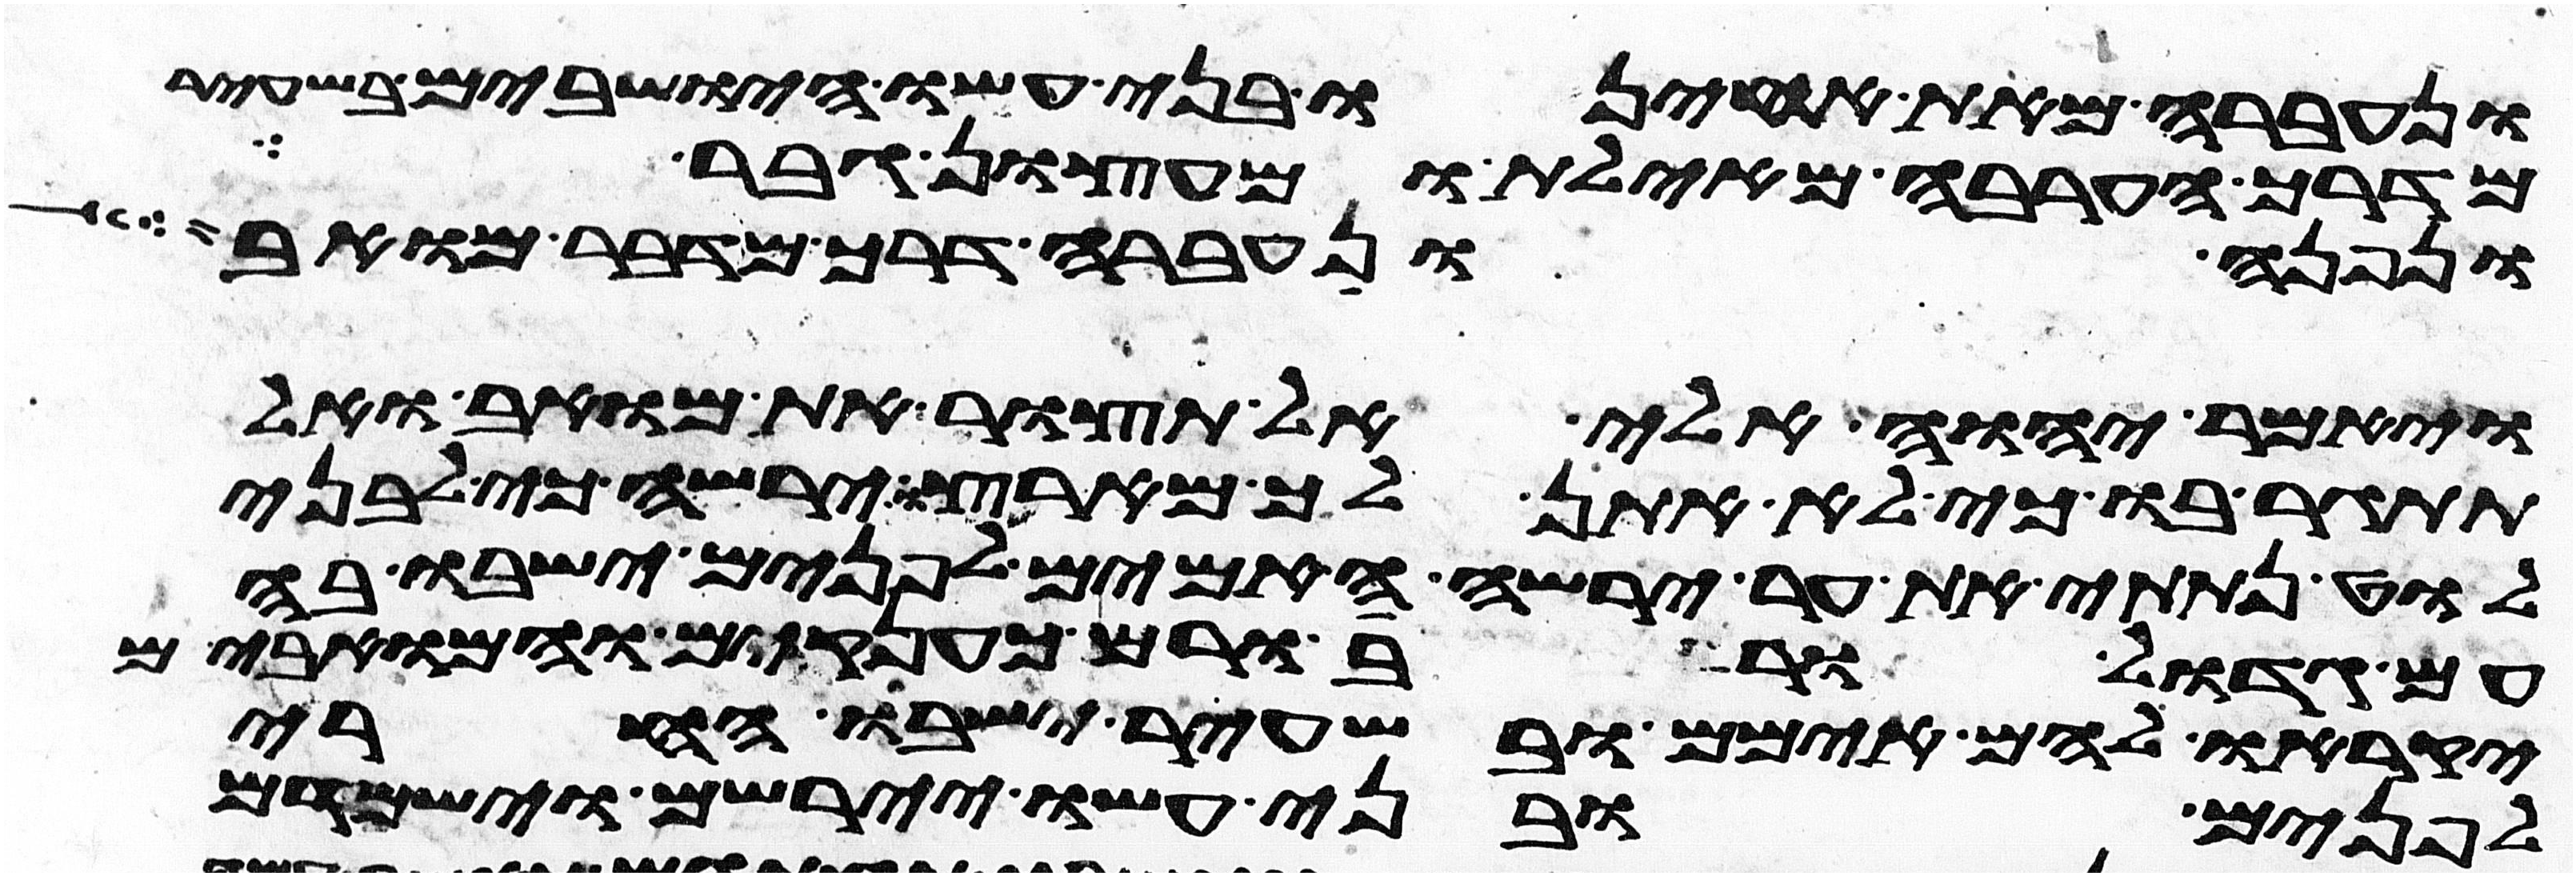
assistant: ונעברה מאת אחינו בני עשו הישבים בשעיר
מדרך הערבה מאילת ומעציון גבר
ונפנה ונעברה דרך מדבר מואב
ויאמר יהוה אלי אל תצור את מואב ואל
תתגר בו כי לא אתן לך מארצו ירשה כי לבני
לוט נתתי את ער ירשה האימים לפנים ישבו בה
עם גדול ורב ורם כענקים והמואבים
יקראו להם אימים ובשעיר ישבו החרי
לפנים ובני עשו יירשום וישמדם